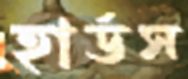
হার্ডস